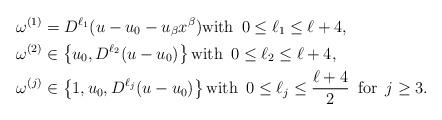
LaTeX: \begin{align*}\omega^{(1)} &= D^{\ell_1} (u - u_0 - u_\beta x^\beta) \mbox{with } \, 0 \le \ell_1 \le \ell+4,\\\omega^{(2)} &\in \left\{u_0, D^{\ell_2} (u-u_0)\right\} \mbox{with } \, 0 \le \ell_2 \le \ell+4,\\\omega^{(j)} &\in \left\{1, u_0, D^{\ell_j} (u-u_0)\right\} \mbox{with } \, 0 \le \ell_j \le \frac{\ell+4}{2} \, \mbox{ for } \, j \ge 3.\end{align*}